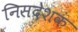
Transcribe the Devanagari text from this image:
निसदेशक